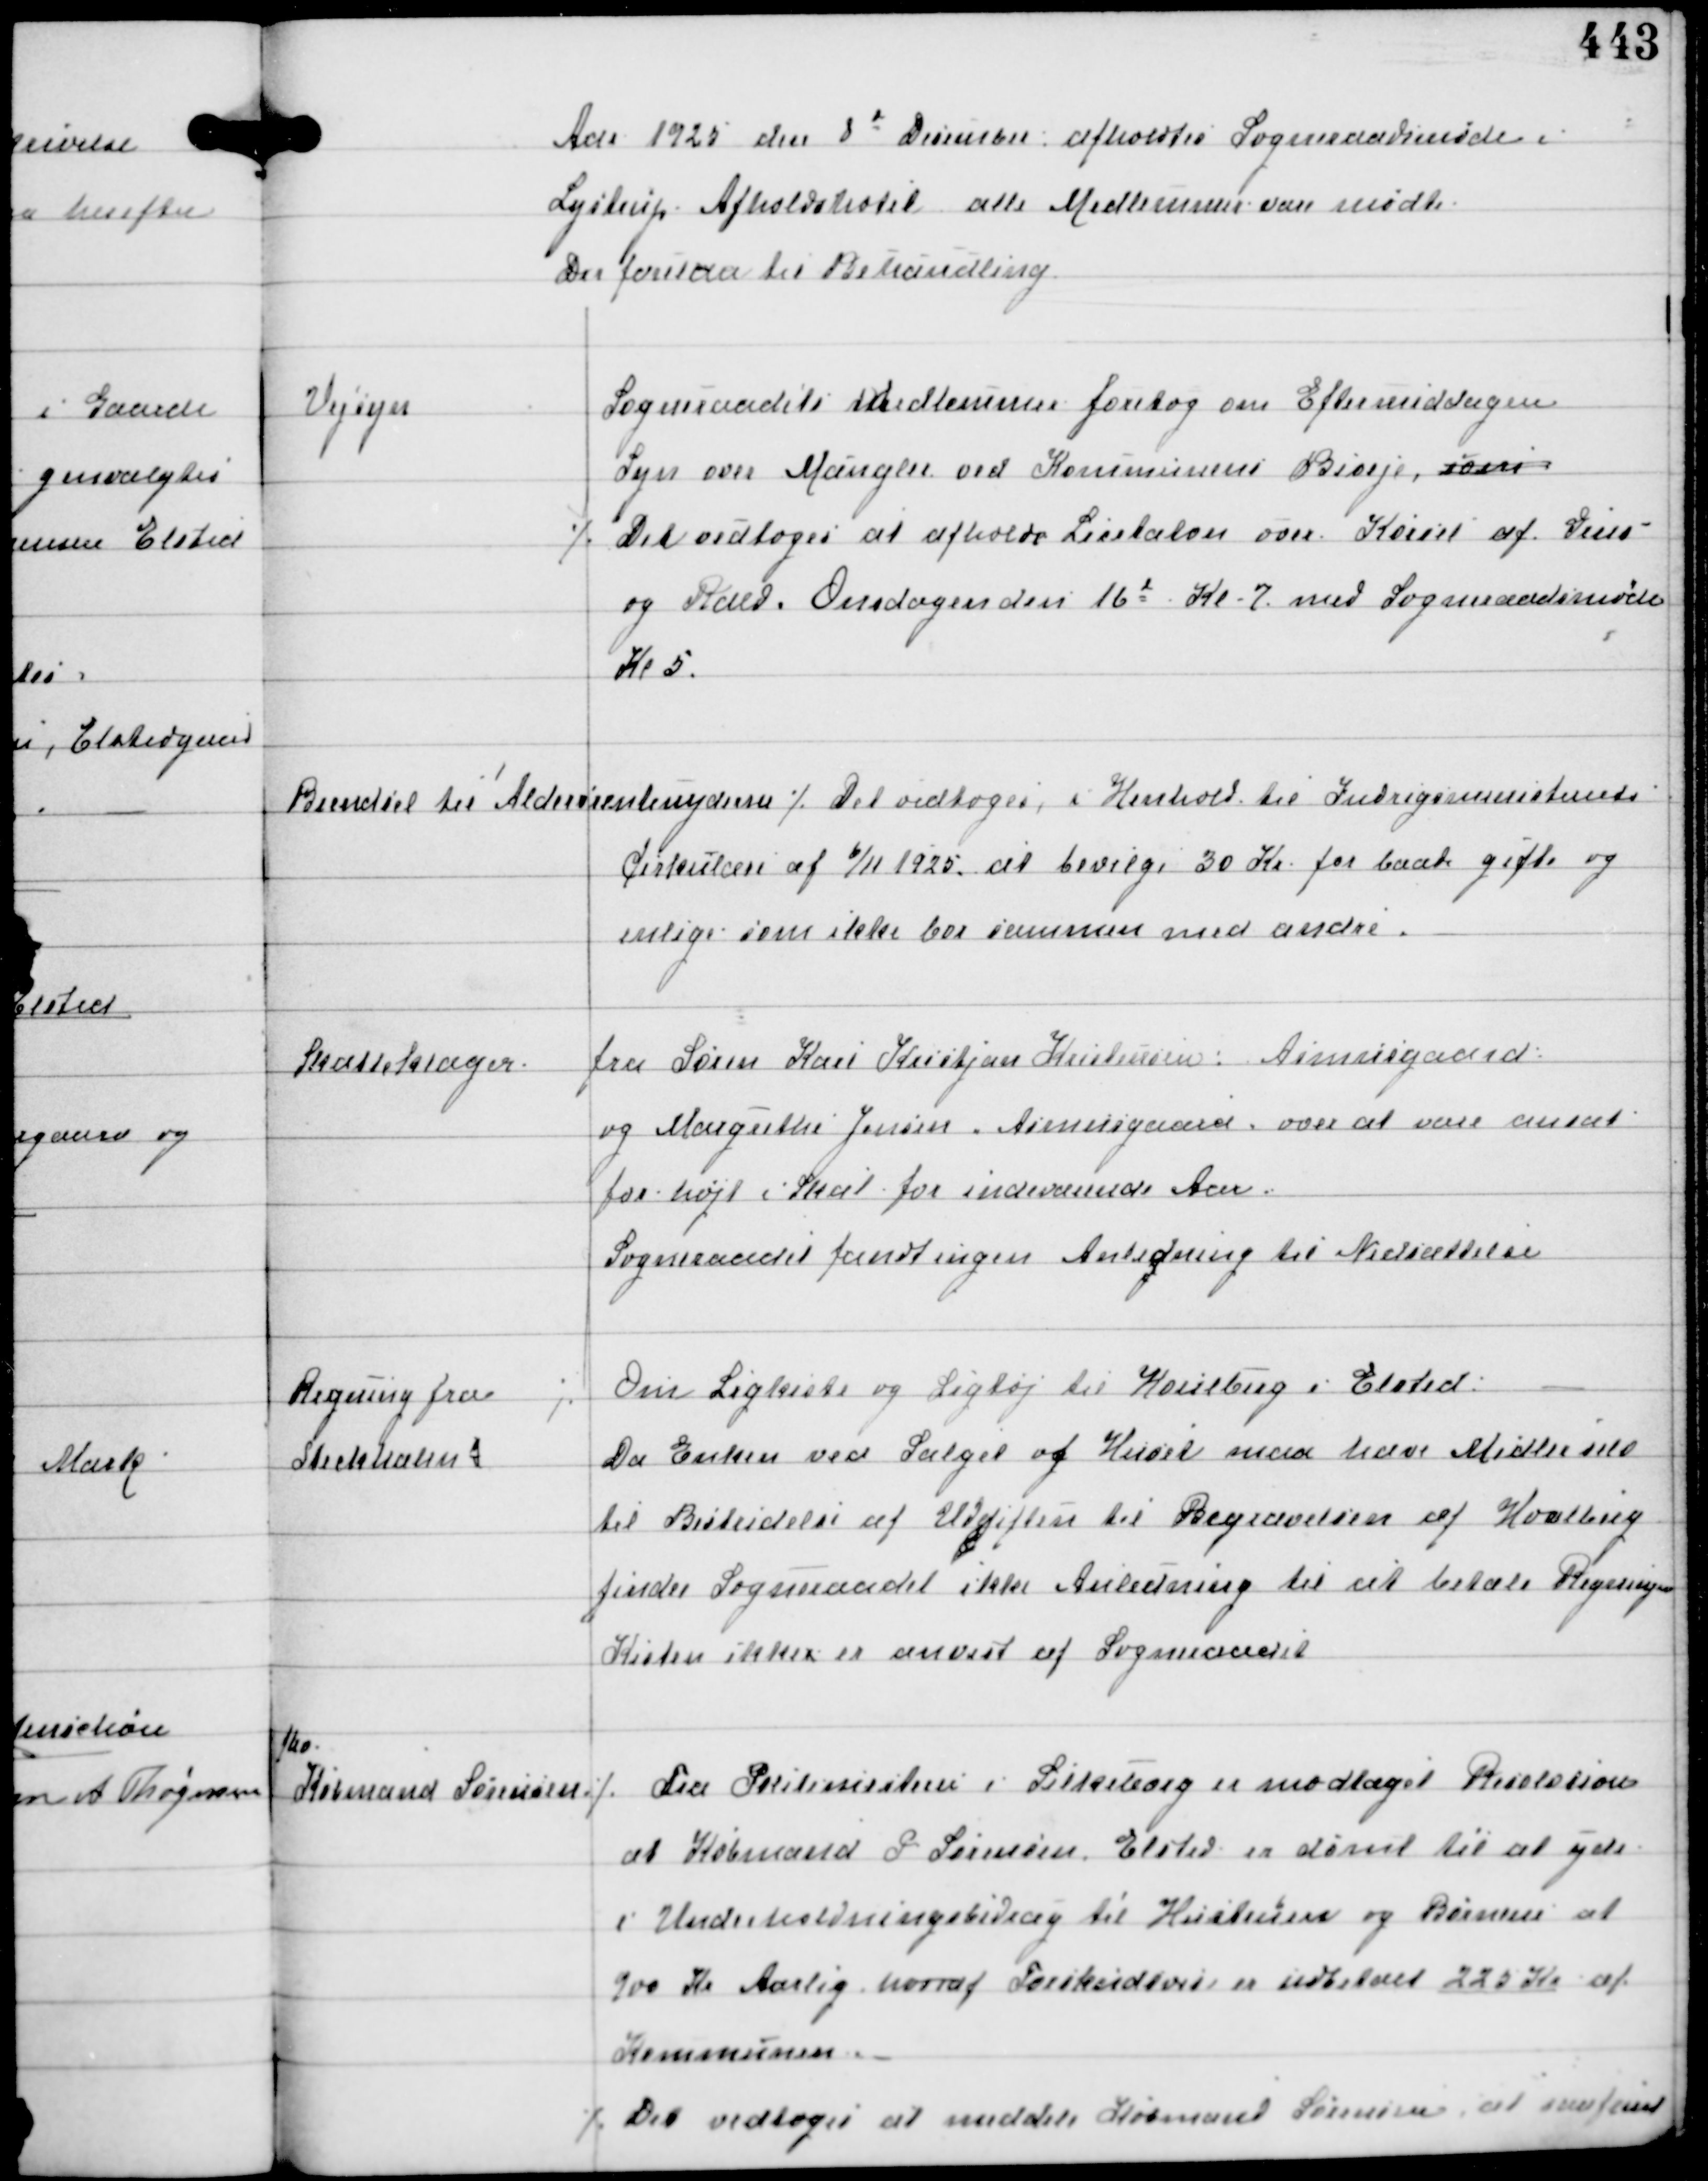
Transskription:
Aar 1925 den 8d December afholdtes Sogneraadsmøde i
Lystrup Afholdshotel alle medlemmer vare mødte
Der forelaa til Behandling.

Vejsyn

Sogneraadets Medlemmer foretog om Eftermiddagen
Syn over Mangler ved Kommunens Biveje. Som
⁒ Det vedtoges at afholde Licitaton over Kørsel af Grus
og Rald Onsdagen den 16d Kl 7 med Sogneraadsmøde
Kl 5.

Brændsel til Alderrentenyderne ⁒
Det vedtoges, i Henhold til Indenrigsministeriets
Cirkulære af 6/11 1925 at bevilge 30 Kr for baade gifte og
enlige som ikke bor sammen med andre.

Skatteklager

fra Søren Karl Kristjan Kristensen, Asmusgaard
og Margrethe Jensen, Asmusgaard, over at være ansat
for højt i Skat for indeværende Aar.
Sogneraadet fandt ingen Anledning til Nedsættelse

Regning fra
Steckholm

⁒ Om Ligkiste og Ligtøj til Houlberg i Elsted.
Da Enken ved Salget af Huset maa have Midler selv
til Bestridelse af Udgiften til Begravelsen af Houlberg
finder Sogneraadet ikke Anledning til at Betale Regningen
Kisten ikker er anvist af Sogneraadet

fhv
Købmand Sørensen

⁒ Fra Politimesteren i Silkeborg er modtaget Resolution
at Købmand P Sørensen Elsted er dømt til at yde
et Underholdningsbidrag til Hustruen og Børnene af
900 Kr Aarlig, hvoraf Forskudsvis er indbetalt 220 Kr af
Kommunen.
⁒ Det vedtoges at meddele Købmand Sørensen at saafremt